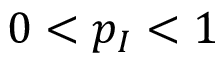
0 < p _ { I } < 1